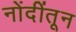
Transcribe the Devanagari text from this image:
नोंदींतून